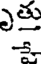
్